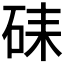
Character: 𥑶